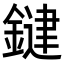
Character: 𮢱